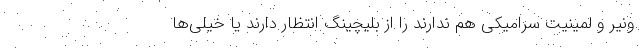
ونیر و لمینیت سرامیکی هم ندارند را از بلیچینگ انتظار دارند یا خیلی‌ها